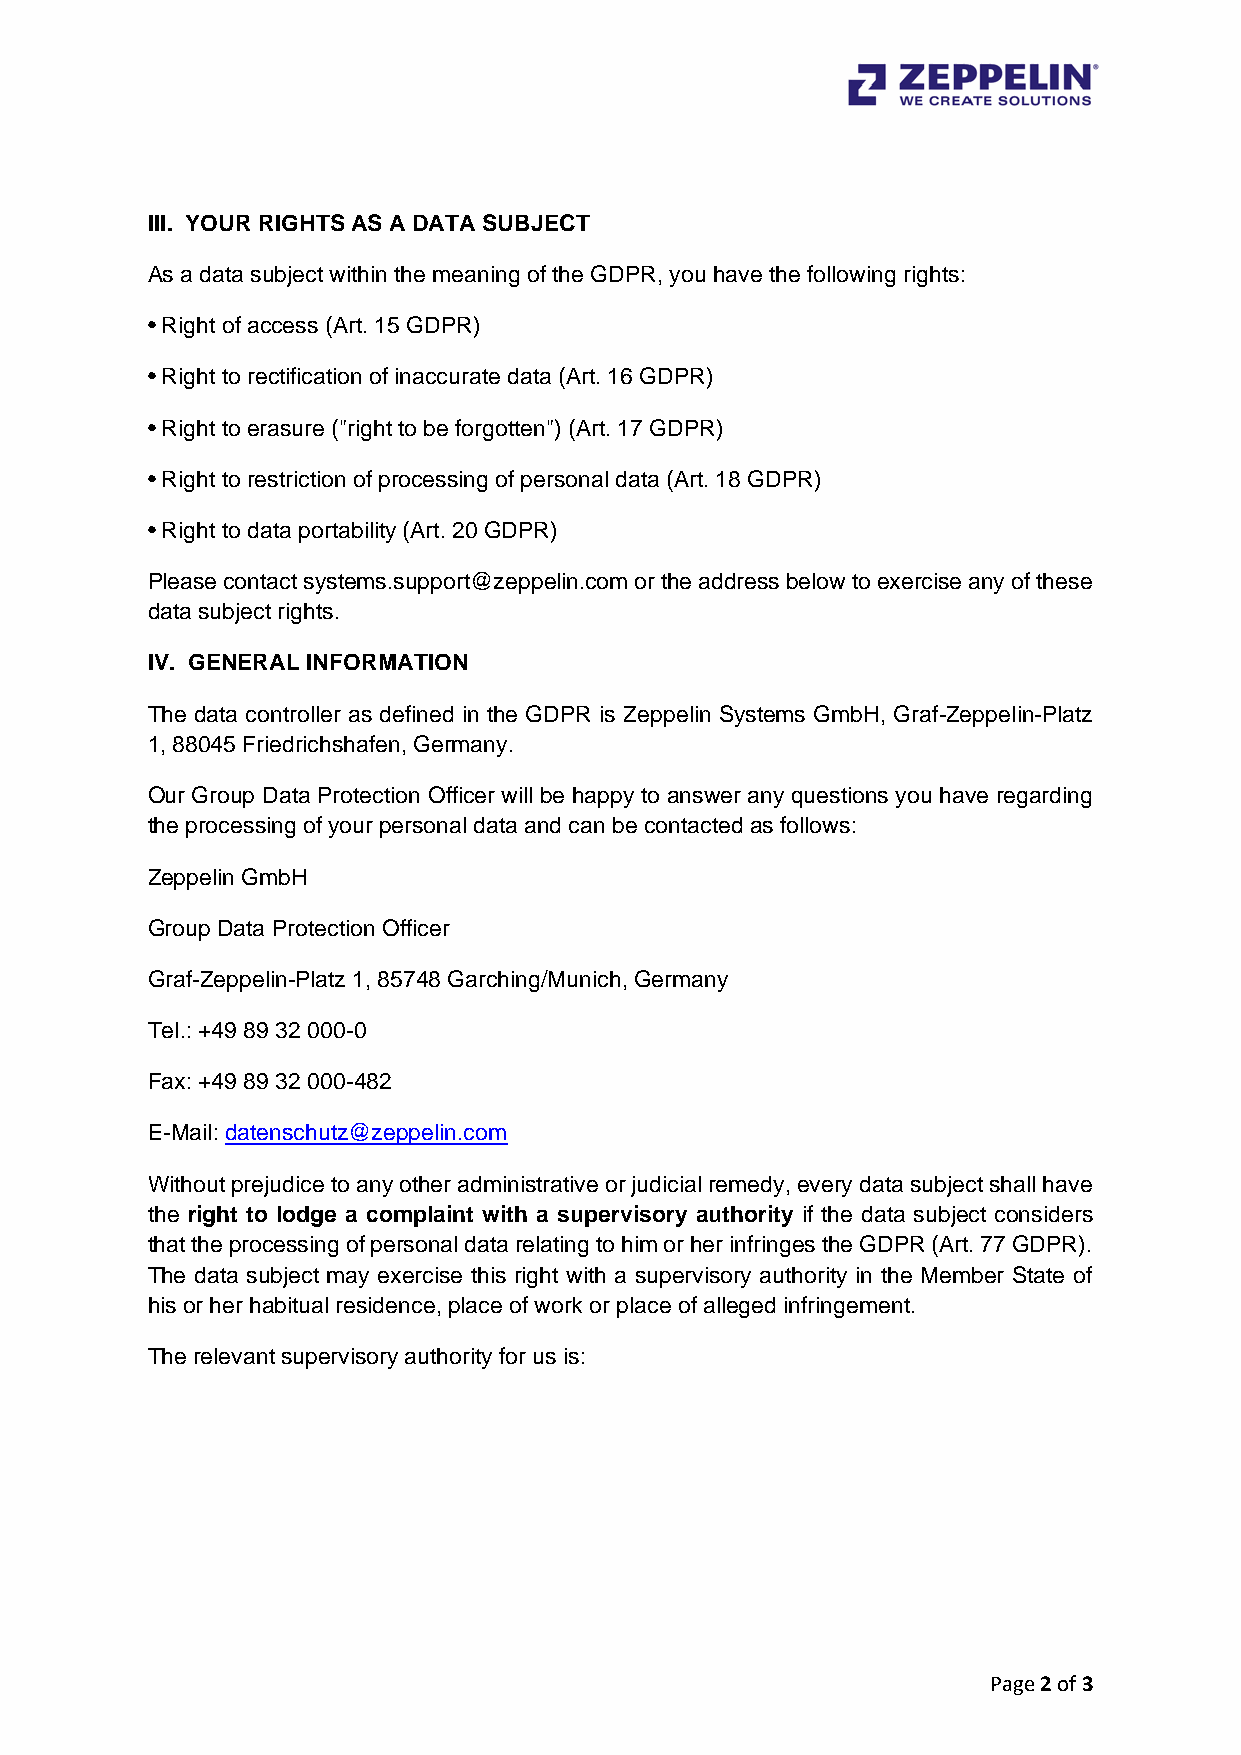
III. YOUR RIGHTS AS A DATA SUBJECT
 As a data subject within the meaning of the GDPR, you have the following rights:
 • Right of access (Art. 15 GDPR)
 • Right to rectification of inaccurate data (Art. 16 GDPR)
 • Right to erasure ("right to be forgotten") (Art. 17 GDPR)
 • Right to restriction of processing of personal data (Art. 18 GDPR)
 • Right to data portability (Art. 20 GDPR)
 Please contact systems.support@zeppelin.com or the address below to exercise any of these
 data subject rights.
 IV. GENERAL INFORMATION
 The data controller as defined in the GDPR is Zeppelin Systems GmbH, Graf-Zeppelin-Platz
 1, 88045 Friedrichshafen, Germany.
 Our Group Data Protection Officer will be happy to answer any questions you have regarding
 the processing of your personal data and can be contacted as follows:
 Zeppelin GmbH
 Group Data Protection Officer
 Graf-Zeppelin-Platz 1, 85748 Garching/Munich, Germany
 Tel.: +49 89 32 000-0
 Fax: +49 89 32 000-482
 E-Mail: datenschutz@zeppelin.com
 Without prejudice to any other administrative or judicial remedy, every data subject shall have
 the right to lodge a complaint with a supervisory authority if the data subject considers
 that the processing of personal data relating to him or her infringes the GDPR (Art. 77 GDPR).
 The data subject may exercise this right with a supervisory authority in the Member State of
 his or her habitual residence, place of work or place of alleged infringement.
 The relevant supervisory authority for us is:
 Page 2 of 3